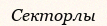
Секторлы